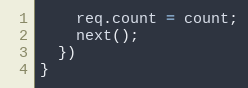
Language: JavaScript
    req.count = count;
    next();
  })
}